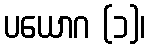
ပယောဂ (၁)၊